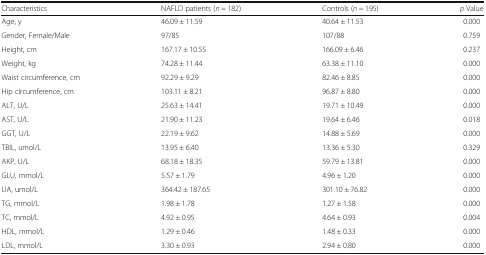
<table><thead><tr><td><b>Characteristics</b></td><td><b>NAFLD patients (<i>n</i> = 182)</b></td><td><b>Controls (<i>n</i> = 195)</b></td><td><b><i>p</i> Value</b></td></tr></thead><tbody><tr><td>Age, y</td><td>46.09 ± 11.59</td><td>40.64 ± 11.53</td><td>0.000</td></tr><tr><td>Gender, Female/Male</td><td>97/85</td><td>107/88</td><td>0.759</td></tr><tr><td>Height, cm</td><td>167.17 ± 10.55</td><td>166.09 ± 6.46</td><td>0.237</td></tr><tr><td>Weight, kg</td><td>74.28 ± 11.44</td><td>63.38 ± 11.10</td><td>0.000</td></tr><tr><td>Waist circumference, cm</td><td>92.29 ± 9.29</td><td>82.46 ± 8.85</td><td>0.000</td></tr><tr><td>Hip circumference, cm</td><td>103.11 ± 8.21</td><td>96.87 ± 8.80</td><td>0.000</td></tr><tr><td>ALT, U/L</td><td>25.63 ± 14.41</td><td>19.71 ± 10.49</td><td>0.000</td></tr><tr><td>AST, U/L</td><td>21.90 ± 11.23</td><td>19.64 ± 6.46</td><td>0.018</td></tr><tr><td>GGT, U/L</td><td>22.19 ± 9.62</td><td>14.88 ± 5.69</td><td>0.000</td></tr><tr><td>TBIL, umol/L</td><td>13.95 ± 6.40</td><td>13.36 ± 5.30</td><td>0.329</td></tr><tr><td>AKP, U/L</td><td>68.18 ± 18.35</td><td>59.79 ± 13.81</td><td>0.000</td></tr><tr><td>GLU, mmol/L</td><td>5.57 ± 1.79</td><td>4.96 ± 1.20</td><td>0.000</td></tr><tr><td>UA, umol/L</td><td>364.42 ± 187.65</td><td>301.10 ± 76.82</td><td>0.000</td></tr><tr><td>TG, mmol/L</td><td>1.98 ± 1.78</td><td>1.27 ± 1.58</td><td>0.000</td></tr><tr><td>TC, mmol/L</td><td>4.92 ± 0.95</td><td>4.64 ± 0.93</td><td>0.004</td></tr><tr><td>HDL, mmol/L</td><td>1.29 ± 0.46</td><td>1.48 ± 0.33</td><td>0.000</td></tr><tr><td>LDL, mmol/L</td><td>3.30 ± 0.93</td><td>2.94 ± 0.80</td><td>0.000</td></tr></tbody></table>